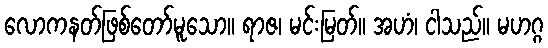
လောကနတ်ဖြစ်တော်မူသော။ ရာဇ၊ မင်းမြတ်။ အဟံ၊ ငါသည်။ မဟဂ္ဂ